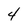
Character: 4